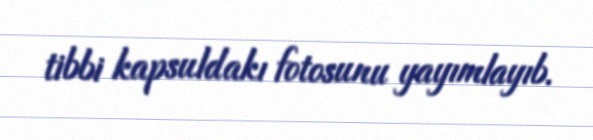
tibbi kapsuldakı fotosunu yayımlayıb.